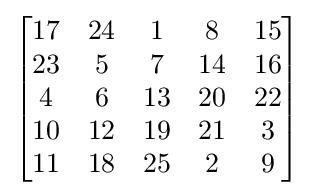
{\begin{bmatrix}17&24&1&8&15\\23&5&7&14&16\\4&6&13&20&22\\10&12&19&21&3\\11&18&25&2&9\end{bmatrix}}